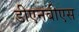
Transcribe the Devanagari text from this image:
डीएनबीएस